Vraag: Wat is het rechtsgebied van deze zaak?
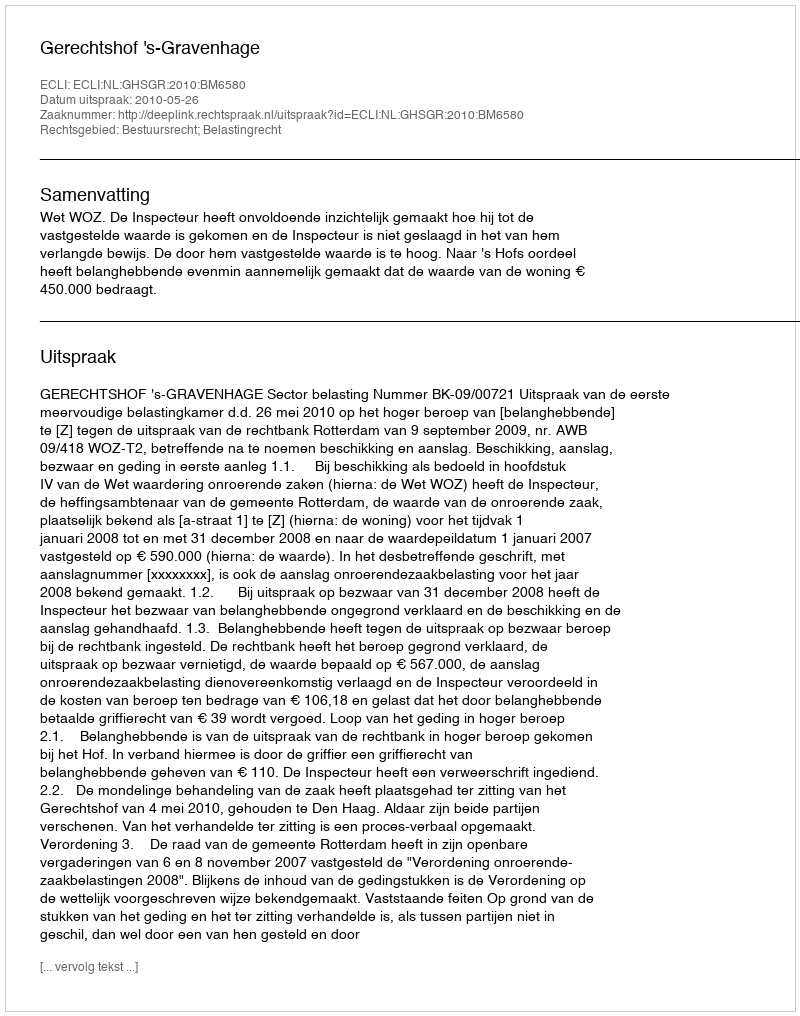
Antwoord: Bestuursrecht; Belastingrecht